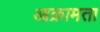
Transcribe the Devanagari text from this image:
आक्रामता